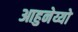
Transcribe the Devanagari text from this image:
आहुनेय्यो